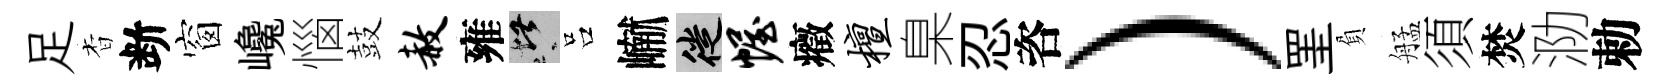
足杳断窗巉惱鼓赦雍堪吕𪩘徙幄癥檀臬忍咨）罣負艋須焚泐勅